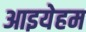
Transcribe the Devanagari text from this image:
आइयेहम